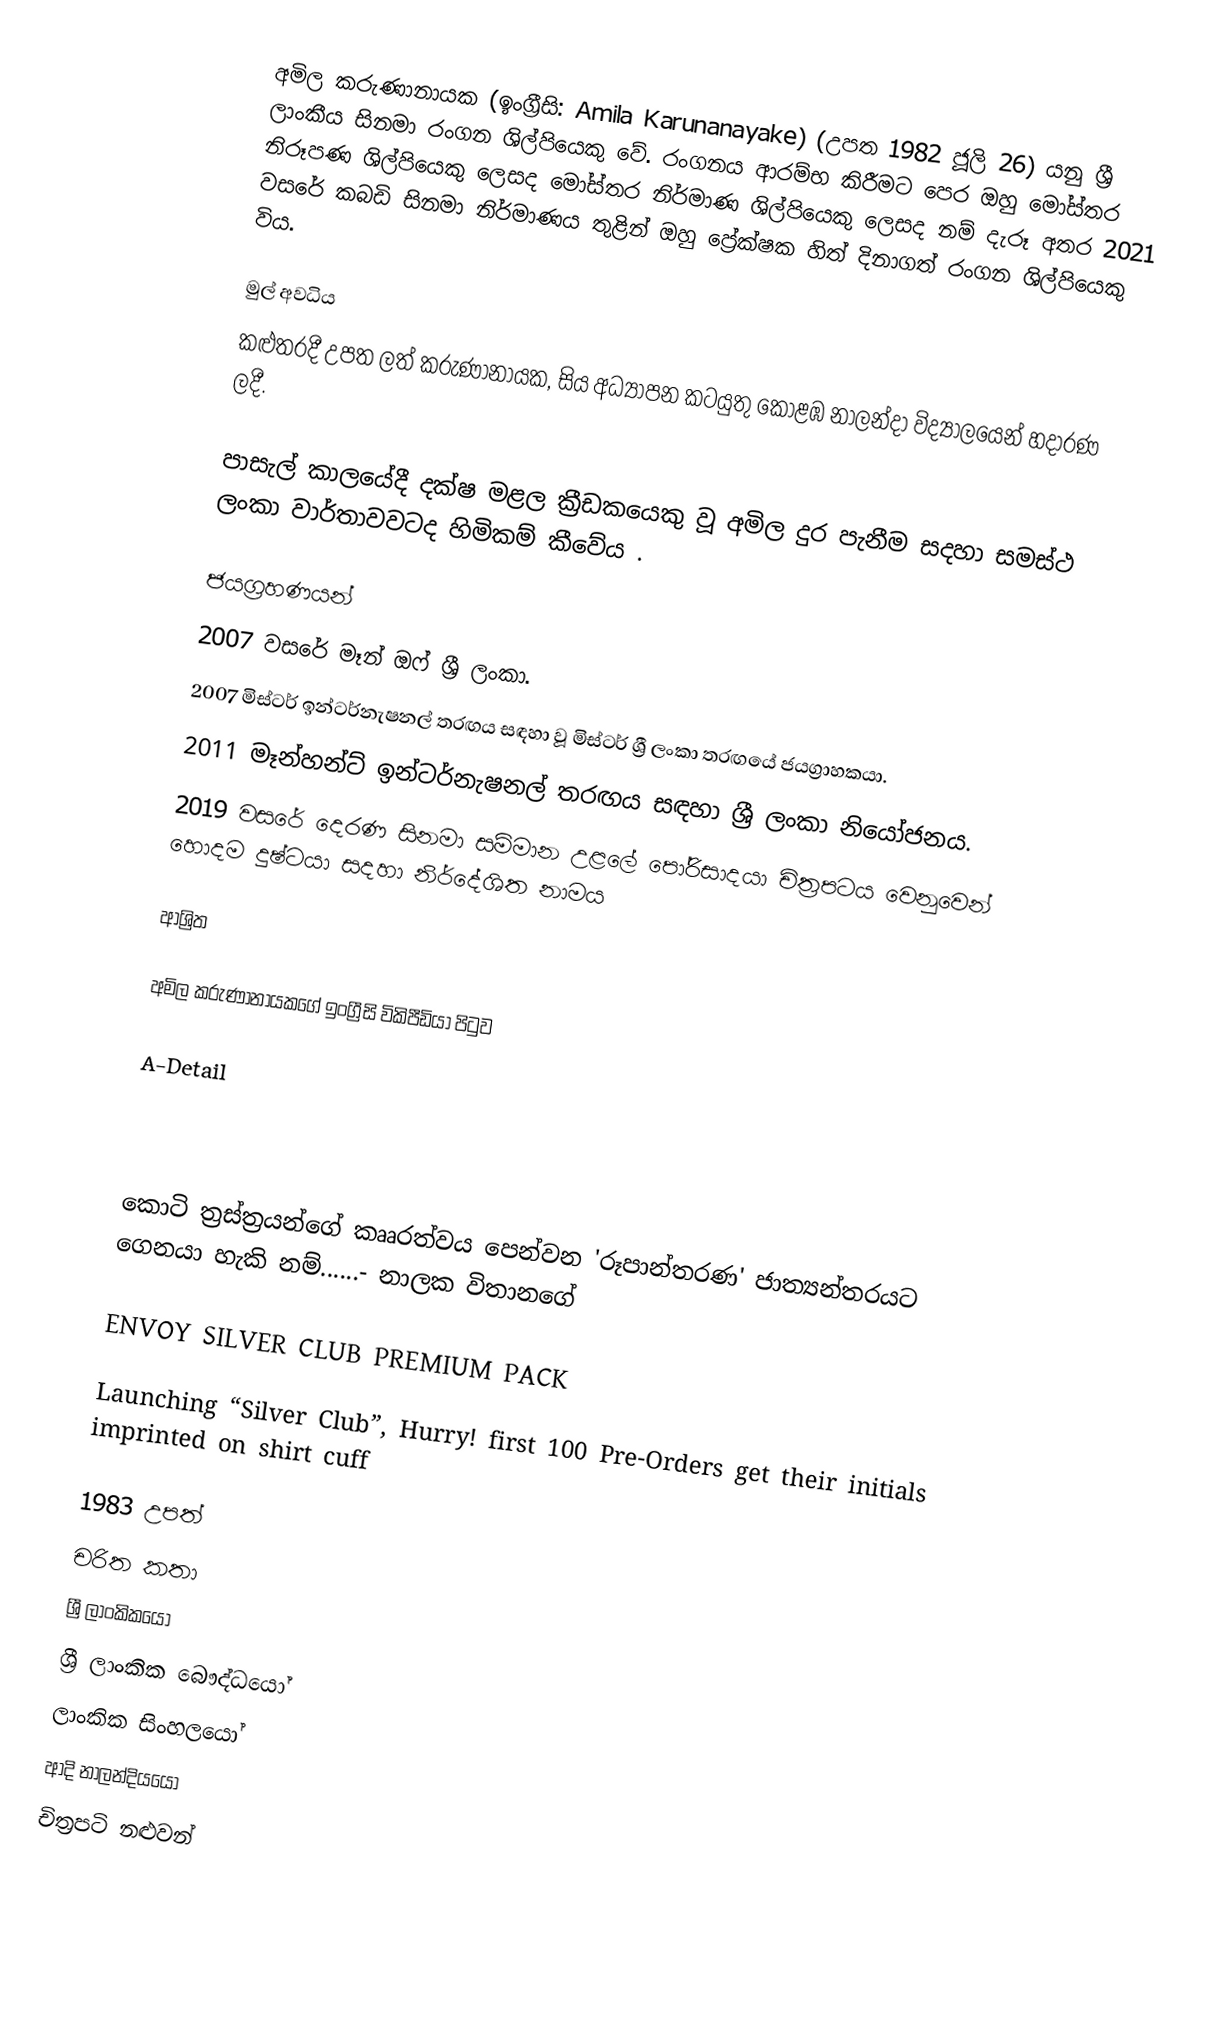
අමිල කරුණානායක (ඉංග්‍රීසි: Amila Karunanayake) (උපත 1982 ජූලි 26) යනු ශ්‍රී ලාංකීය සිනමා රංගන ශිල්පියෙකු වේ. රංගනය ආරම්භ කිරීමට පෙර ඔහු මෝස්‌තර නිරූපණ ශිල්පියෙකු ලෙසද මෝස්‌තර නිර්මාණ ශිල්පියෙකු ලෙසද නම් දැරූ අතර 2021 වසරේ කබඩි සිනමා නිර්මාණය තුළින් ඔහු ප්‍රේක්ෂක හිත් දිනාගත් රංගන ශිල්පියෙකු විය.

මුල් අවධිය
කළුතරදී උපත ලත් කරුණානායක, සිය අධ්‍යාපන කටයුතු කොළඹ නාලන්දා විද්‍යාලයෙන් හදාරණ ලදී.

පාසැල් කාලයේදී දක්ෂ මළල ක්‍රීඩකයෙකු වූ අමිල දුර පැනීම සදහා සමස්ථ ලංකා වාර්තාවවටද හිමිකම් කීවේය .

ජයග්‍රහණයන්
 2007 වසරේ මෑන් ඔෆ් ශ්‍රී ලංකා.
 2007 මිස්ටර් ඉන්ටර්නැෂනල් තරඟය සඳහා වූ මිස්ටර් ශ්‍රී ලංකා තරඟයේ ජයග්‍රාහකයා.
2011 මෑන්හන්ට් ඉන්ටර්නැෂනල් තරඟය සඳහා ශ්‍රී ලංකා නියෝජනය.
2019 වසරේ දෙරණ සිනමා සම්මාන උළලේ පෝරිසාදයා චිත්‍රපටය වෙනුවෙන් හොදම දුෂ්ටයා සදහා නිර්දේශිත නාමය

ආශ්‍රිත

 අමිල කරුණානායකගේ ඉංග්‍රීසි විකිපීඩියා පිටුව

 A-Detail

 කොටි ත්‍රස්‌ත්‍රයන්ගේ කෲරත්වය පෙන්වන 'රූපාන්තරණ' ජාත්‍යන්තරයට ගෙනයා හැකි නම්......- නාලක විතානගේ

 ENVOY SILVER CLUB PREMIUM PACK

 Launching “Silver Club”, Hurry! first 100 Pre-Orders get their initials imprinted on shirt cuff

1983 උපත්
චරිත කතා
ශ්‍රී ලාංකිකයෝ
ශ්‍රී ලාංකික බෞද්ධයෝ
ලාංකික සිංහලයෝ
ආදි නාලන්දියයෝ
චිත්‍රපටි නළුවන්